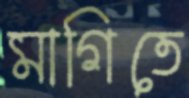
মাগিতে